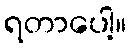
ရတာပေါ့။